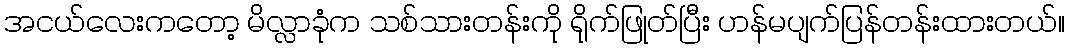
အငယ်လေးကတော့ မိလ္လာခုံက သစ်သားတန်းကို ရိုက်ဖြုတ်ပြီး ဟန်မပျက်ပြန်တန်းထားတယ်။